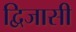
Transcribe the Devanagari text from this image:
द्विजासी